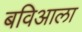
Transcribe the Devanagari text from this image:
बविआला